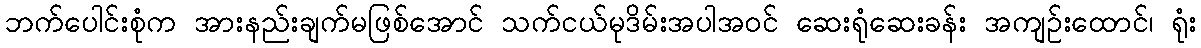
ဘက်ပေါင်းစုံက အားနည်းချက်မဖြစ်အောင် သက်ငယ်မုဒိမ်းအပါအဝင် ဆေးရုံဆေးခန်း အကျဉ်းထောင်၊ ရုံး